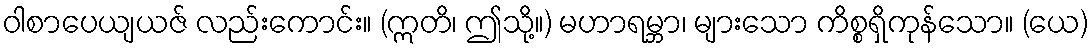
ဝါစာပေယျယဇ် လည်းကောင်း။ (ဣတိ၊ ဤသို့။) မဟာရမ္ဘာ၊ များသော ကိစ္စရှိကုန်သော။ (ယေ)